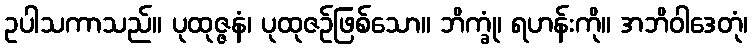
ဥပါသကာသည်။ ပုထုဇ္ဇနံ၊ ပုထုဇဉ်ဖြစ်သော။ ဘိက္ခုံ၊ ရဟန်းကို။ အဘိဝါဒေတုံ၊